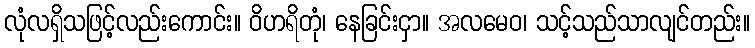
လုံလရှိသဖြင့်လည်းကောင်း။ ဝိဟရိတုံ၊ နေခြင်းငှာ။ အလမေဝ၊ သင့်သည်သာလျင်တည်း။